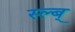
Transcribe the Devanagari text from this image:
स्ल्ब्